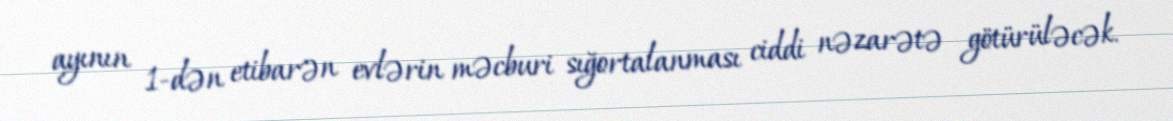
ayının 1-dən etibarən evlərin məcburi sığortalanması ciddi nəzarətə götürüləcək.